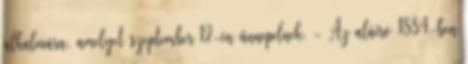
alkalmára, amelyet szeptember 12-én ünnepelnek. - Az aláíró 1884-ben